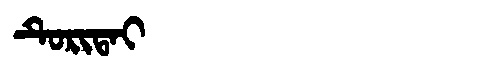
Manchu: ᡨᡠᡵᡳᡨᠠᡳ
Romanization: TURITAI